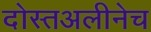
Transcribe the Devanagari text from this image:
दोस्तअलीनेच